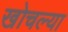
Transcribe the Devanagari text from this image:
खोचल्या